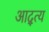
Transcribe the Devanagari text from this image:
आद्त्य